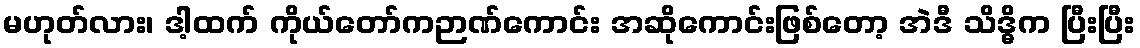
မဟုတ်လား၊ ဒါ့ထက် ကိုယ်တော်ကဉာဏ်ကောင်း အဆိုကောင်းဖြစ်တော့ အဲဒီ သိဒ္ဓိက ပြီးပြီး